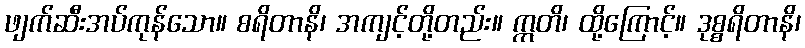
ဖျက်ဆီးအပ်ကုန်သော။ စရိတာနိ၊ အကျင့်တို့တည်း။ ဣတိ၊ ထို့ကြောင့်။ ဒုစ္စရိတာနိ၊